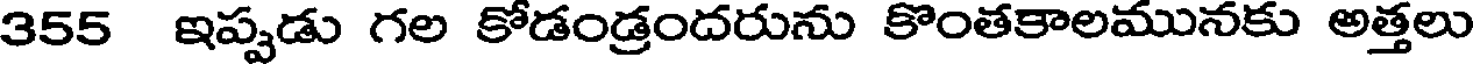
355 ఇప్పడు గల కోడండ్రందరును కొంతకాలమునకు అత్తలు